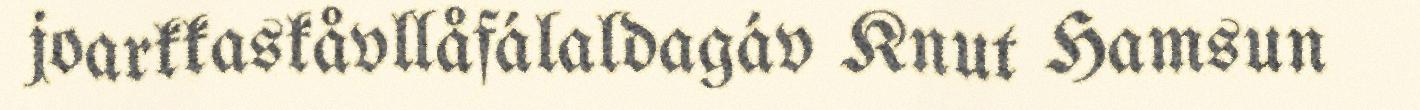
joarkkaskåvllåfálaldagáv Knut Hamsun